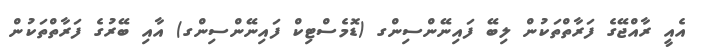
އެއީ ރާއްޖޭގެ ފަރާތްތަކުން ލިބޭ ފައިނޭންސިންގ (ޑޮމެސްޓިކް ފައިނޭންސިންގ) އާއި ބޭރުގެ ފަރާތްތަކުން